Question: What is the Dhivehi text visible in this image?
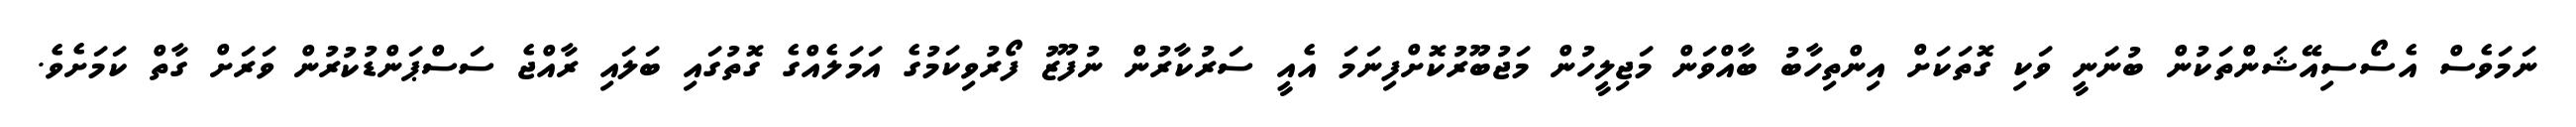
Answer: ނަމަވެސް އެސޯސިއޭޝަންތަކުން ބުނަނީ ވަކި ގޮތަކަށް އިންތިހާބު ބާއްވަން މަޖިލީހުން މަޖުބޫރުކޮށްފިނަމަ އެއީ ސަރުކާރުން ނުފޫޒު ފޯރުވިކަމުގެ އަމަލެއްގެ ގޮތުގައި ބަލައި ރާއްޖެ ސަސްޕަންޑުކުރުން ވަރަށް ގާތް ކަމަށެވެ.